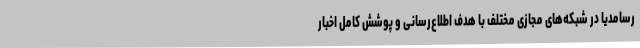
رسامدیا در شبکه‌های مجازی مختلف با هدف اطلاع‌رسانی و پوشش کامل اخبار